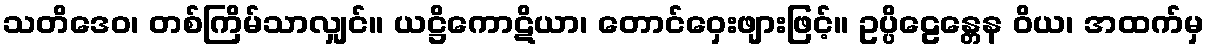
သတိဒေဝ၊ တစ်ကြိမ်သာလျှင်။ ယဋ္ဌိကောဋိယာ၊ တောင်ဝှေးဖျားဖြင့်။ ဥပ္ပိဠေန္တေန ဝိယ၊ အထက်မှ